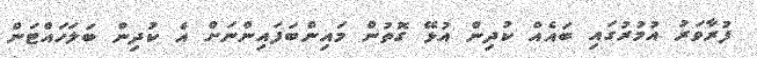
ފުރާވަރު އުމުރުގައި ބައެއް ކުދިން އުޅޭ ގޮތުން މައިންބަފައިންނަށް އެ ކުދިން ބަލަހައްޓަން